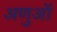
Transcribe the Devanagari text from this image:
अणुऑ